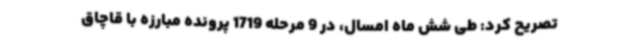
تصریح کرد: طی شش ماه امسال، در 9 مرحله 1719 پرونده مبارزه با قاچاق